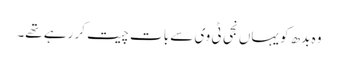
وہ بدھ کو یہاں نجی ٹی وی سے بات چیت کر رہے تھے۔